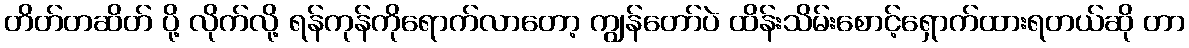
တိတ်တဆိတ် ပို့ လိုက်လို့ ရန်ကုန်ကိုရောက်လာတော့ ကျွန်တော်ပဲ ထိန်းသိမ်းစောင့်ရှောက်ထားရတယ်ဆို တာ